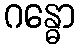
ဂန္ဓော